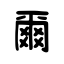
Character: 爾